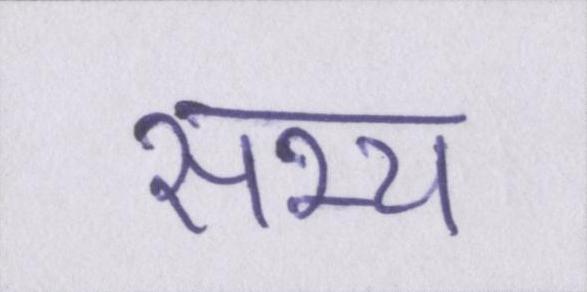
सभ्य